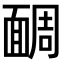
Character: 𩈮